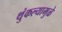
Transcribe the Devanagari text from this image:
थुंकल्यामुळे